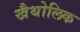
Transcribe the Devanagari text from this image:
खैथोलिक